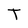
Character: T